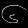
Digit: ၆